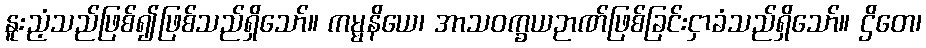
နူးညံ့သည်ဖြစ်၍ဖြစ်သည်ရှိသော်။ ကမ္မနိယေ၊ အာသဝက္ခယဉာဏ်ဖြစ်ခြင်းငှာခံသည်ရှိသော်။ ဌိတေ၊